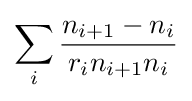
\sum _{i}{\frac {n_{i+1}-n_{i}}{r_{i}n_{i+1}n_{i}}}